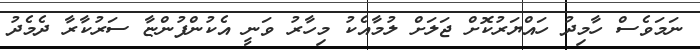
ނަމަވެސް ހާމިދު ހައްޔަރުކޮށް ޖަލަށް ލުމާއެކު މިހާރު ވަނީ އެކުންފުންޏާ ސަރުކާރާ ދެމެދު